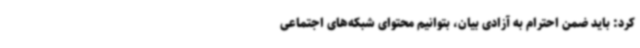
کرد: باید ضمن احترام به آزادی بیان، بتوانیم محتوای شبکه‌های اجتماعی